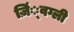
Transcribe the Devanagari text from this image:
ज़िं्वग्ली